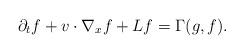
LaTeX: \begin{align*} \partial_tf+v\cdot \nabla_x f+Lf=\Gamma(g,f). \end{align*}